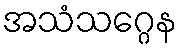
အသံသဂ္ဂေန